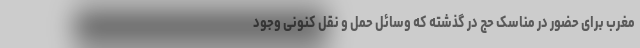
مغرب برای حضور در مناسک حج در گذشته که وسائل حمل و نقل کنونی وجود